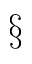
\S